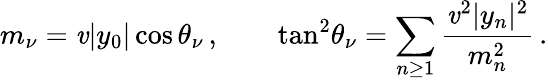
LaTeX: m_{\nu}=\mathit{v}|y_{0}|\cos\theta_{\nu}\, ,\qquad\tan^{2}\! \theta_{\nu}=\sum_{n\ge1}\frac{{\mathit{v}^{2}|y_{n}|^{2}}}{{m_{n}^{2}}}\, .